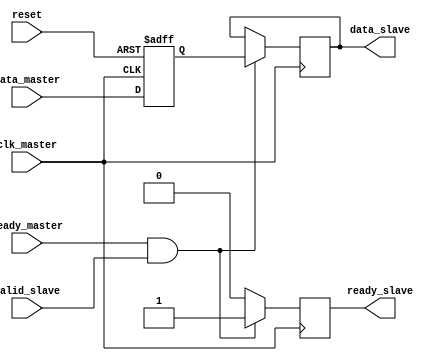
module axi_bus_controller (
    input wire clk_master,              // clock signal for the master device
    input wire reset,                   // reset signal
    input wire ready_master,            // ready signal from the master device
    input wire valid_slave,             // valid signal from the slave device
    input wire [7:0] data_master,       // data input from master device
    output wire [7:0] data_slave,       // data output to slave device
    output reg ready_slave              // ready signal to slave device
);

reg [7:0] data_reg;

// Clock domain crossing module to handle data transfers between different clock domains
always @(posedge clk_master or posedge reset) begin
    if (reset) begin
        data_reg <= 8'b0;
    end else begin
        data_reg <= data_master;
    end
end

// Synchronization: ensuring data is transferred only when both master and slave devices are ready
always @(posedge clk_master) begin
    if (ready_master && valid_slave) begin
        data_slave <= data_reg;
        ready_slave <= 1'b1;
    end else begin
        ready_slave <= 1'b0;
    end
end

endmodule